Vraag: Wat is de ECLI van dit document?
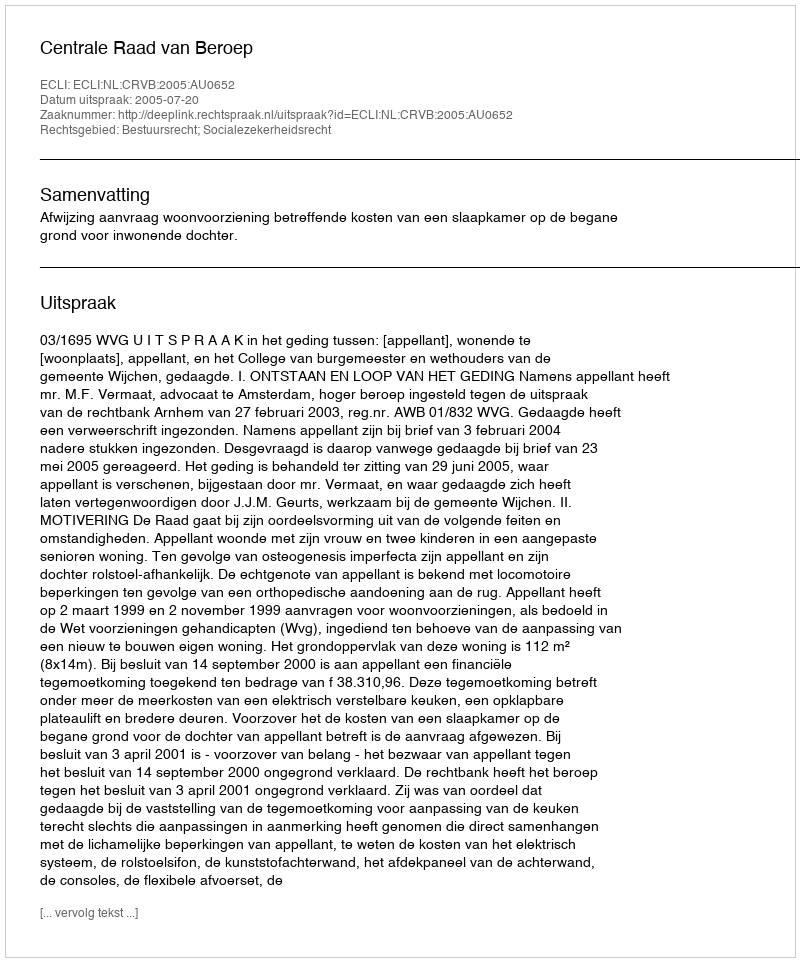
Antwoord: ECLI:NL:CRVB:2005:AU0652